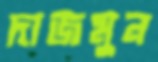
দাজমুন